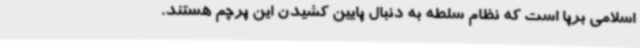
اسلامی برپا است که نظام سلطه به دنبال پایین کشیدن این پرچم هستند.